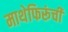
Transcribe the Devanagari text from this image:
माथेफिरूंची